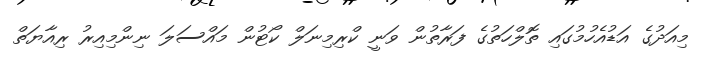
މިއަދުގެ އަޑުއެހުމުގައި ތޮލްހަތުގެ ފަރާތުން ވަނީ ކްރިމިނަލް ކޯޓުން މައްސަލަ ނިންމިއިރު ރިއާޔަތް